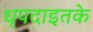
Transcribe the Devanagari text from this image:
धृपदाइतके